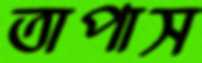
তাপাস